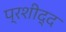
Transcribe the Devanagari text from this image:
प्रशीद्द